Annual report of the Punjab Veterinary College and of the Civil Veterinary Department, Punjab - 1920-1925
Year: 1920
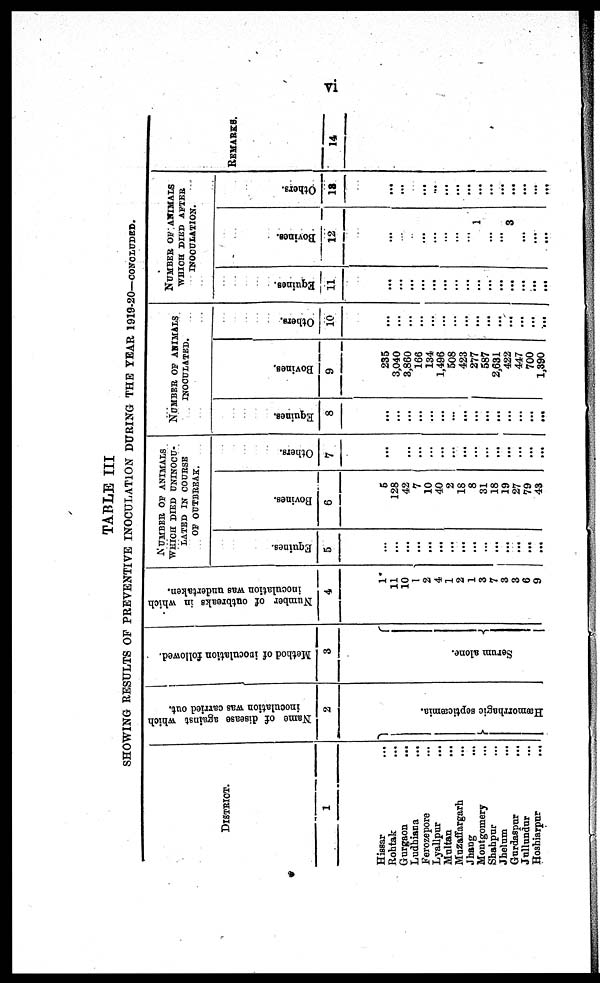
vi
TABLE III
SHOWI NG RESULTS OF PREVENTIVE INOCULATION DURI NG THE YEAR 1919-20—CONCLUDED.
DISTRICT.
1
Hissar
...
Roht ak ...
Gurgaon
...
Ludhiana
...
Ferozepore ...
Lyallpur ...
Multan ...
Muzaffargarh ...
Jhang ...
Mont gomery ...
Shahpur ...
Jhelum ...
Gurdaspur ...
Jullundur ...
Hoshiarpur
...
Name of disease against which
inoculation was carried out.
2
Hæmo rrh
a
g ic septicæmia.
Method of inoculation followed.
3
Se r
u m a lo
n e .
Number of outbreaks in which
inoculation was undertaken.
4
1
11
10
1
2
4
1
2
1
3
7
3
3
6
9
NUMBER OF ANIMALS
WHICH DIED UNINOCU-
LATED IN COURSE
OF OUTBREAK.
Equines.
5
...
...
...
...
...
...
...
...
...
...
...
...
...
...
...
Bovines.
6
6
128
42
7
10
40
2
18
8
31
18
19
27
79
43
Others.
7
...
...
...
...
...
...
...
...
...
...
...
...
...
...
...
NUMBER OF ANIMALS
INOCULATED.
Equines.
8
...
...
...
...
...
...
...
...
...
...
...
...
...
...
...
Bovines.
9
235
3, 040
3, 860
166
134
1, 496
508
423
277
587
2, 631
422
447
700
1, 390
Others.
10
...
...
...
...
...
...
...
...
...
...
...
...
...
...
...
NUMBER OF ANIMALS
WHICH DIED AFTER
INOCULATION.
Equines.
11
...
...
...
...
...
...
...
...
...
...
...
...
...
...
...
Bovines.
12
...
...
...
...
...
...
...
...
1
... ... 3
...
... ...
Others.
18
...
...
...
... ...
...
...
...
...
...
...
...
...
... ...
REMARKS.
14